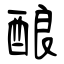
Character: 酿